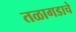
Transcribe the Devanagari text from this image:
तळागडाचे